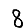
Digit: 8